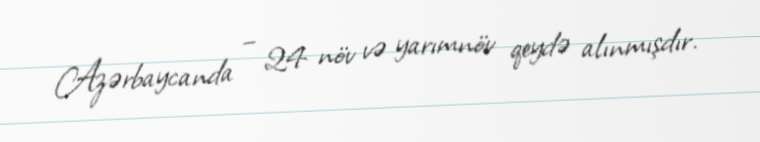
Azərbaycanda – 24 növ və yarımnöv qeydə alınmışdır.